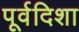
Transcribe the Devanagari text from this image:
पूर्वदिशा